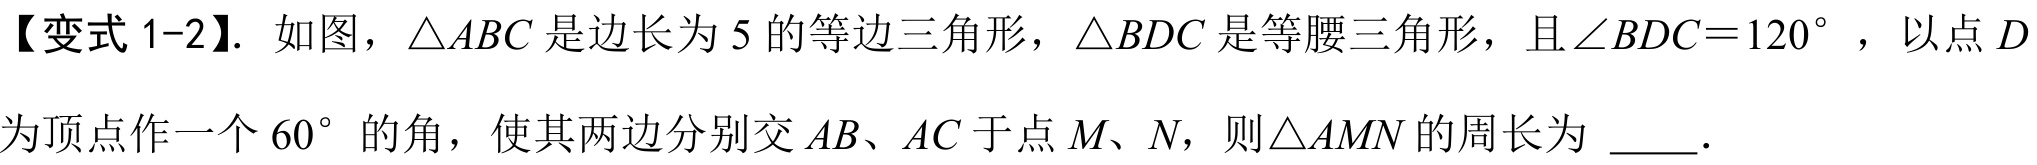
【变式 1-2】. 如图，$\triangle ABC$是边长为$5$的等边三角形，$\triangle BDC$是等腰三角形，且$\angle BDC = 120^{\circ}$，以点$D$为顶点作一个$60^{\circ}$的角，使其两边分别交$AB$、$AC$于点$M$、$N$，则$\triangle AMN$的周长为 $\underline{\quad\quad}.$